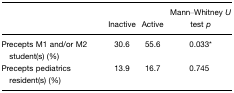
|  | Inactive | Active | Mann–Whitney U test p |
 | --- | --- | --- | --- |
 | Precepts M1 and/or M2 student(s) (%) | 30.6 | 55.6 | 0.033* |
 | Precepts pediatrics resident(s) (%) | 13.9 | 16.7 | 0.745 |